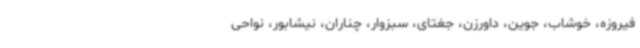
فیروزه، خوشاب، جوین، داورزن، جغتای، سبزوار، چناران، نیشابور، نواحی